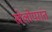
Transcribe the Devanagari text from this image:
खेलोपरांत